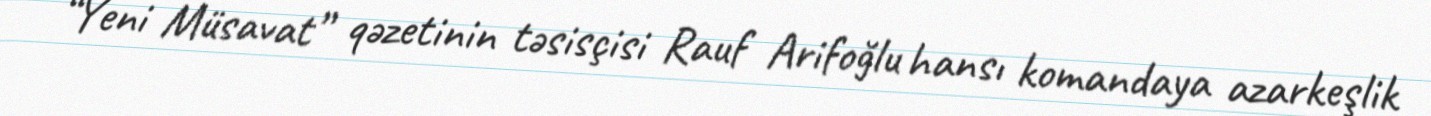
“Yeni Müsavat” qəzetinin təsisçisi Rauf Arifoğlu hansı komandaya azarkeşlik